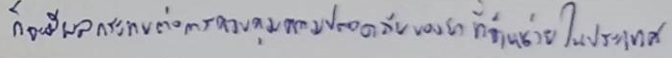
ก็จะมีผลกระทบต่อการควบคุมความปลอดภัยของยาที่จำหน่ายในประเทศ